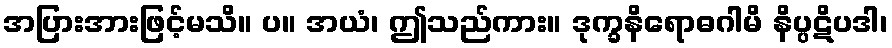
အပြားအားဖြင့်မသိ။ ပ။ အယံ၊ ဤသည်ကား။ ဒုက္ခနိရောဓဂါမိ နိပ္ပဋိပဒါ၊